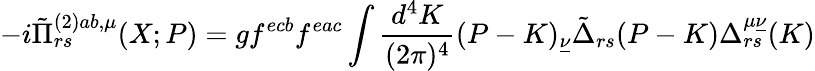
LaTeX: -i\tilde{\Pi}_{rs}^{(2)ab,\mu}(X;P)=gf^{ecb}f^{eac}\int\frac{d^{4}K}{(2\pi)^{4}}(P-K)_{\underline{{{\nu}}}}\tilde{\Delta}_{rs}(P-K)\Delta_{rs}^{\mu\underline{{{\nu}}}}(K)